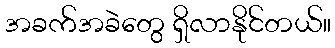
အခက်အခဲတွေ ရှိလာနိုင်တယ်။